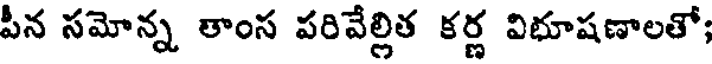
పీన సమోన్న తాంస పరివేల్లిత కర్ణ విభూషణాలతో;